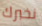
نخبرك